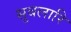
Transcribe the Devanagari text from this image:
सुबलारि